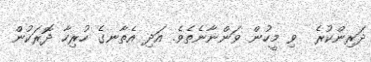
ދަރިންކުރެ  ވި މީހުން ވަންނާނެތެވެ. އަދި އެތާނގެ ހުރިހާ ދޮރަކުން